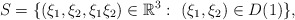
\begin{align*}S = \{ (\xi_1, \xi_2, \xi_1 \xi_2) \in \mathbb R^3:~ (\xi_1, \xi_2) \in D(1) \},\end{align*}